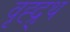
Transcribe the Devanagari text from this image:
वृह्द्र्थ